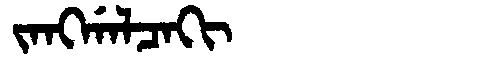
Manchu: ᠵᠠᠩᡤᠠᠯᠴᠠᡴᡳ
Romanization: JANGGALCAKI